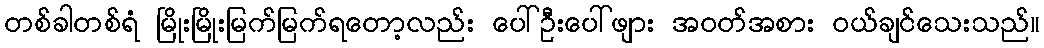
တစ်ခါတစ်ရံ မြိုးမြိုးမြက်မြက်ရတော့လည်း ပေါ်ဦးပေါ်ဖျား အဝတ်အစား ဝယ်ချင်သေးသည်။